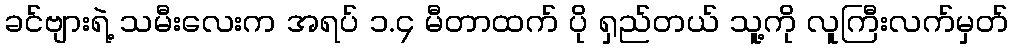
ခင်ဗျားရဲ့ သမီးလေးက အရပ် ၁.၄ မီတာထက် ပို ရှည်တယ် သူ့ကို လူကြီးလက်မှတ်